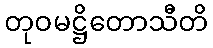
တုဝမဋ္ဌိတောသီတိ